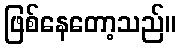
ဖြစ်နေတော့သည်။